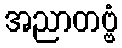
အညာတဗ္ဗံ